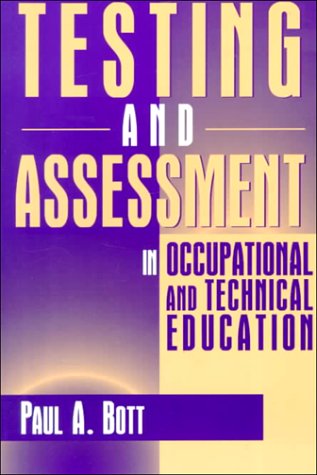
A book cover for Testing and Assessment in Occupational and Technical Education; Paul A. Bott; Education & Teaching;